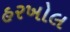
હરખોલ